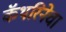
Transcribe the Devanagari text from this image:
कॅथरिनेचा